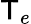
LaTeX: \mathsf{T}_{e}